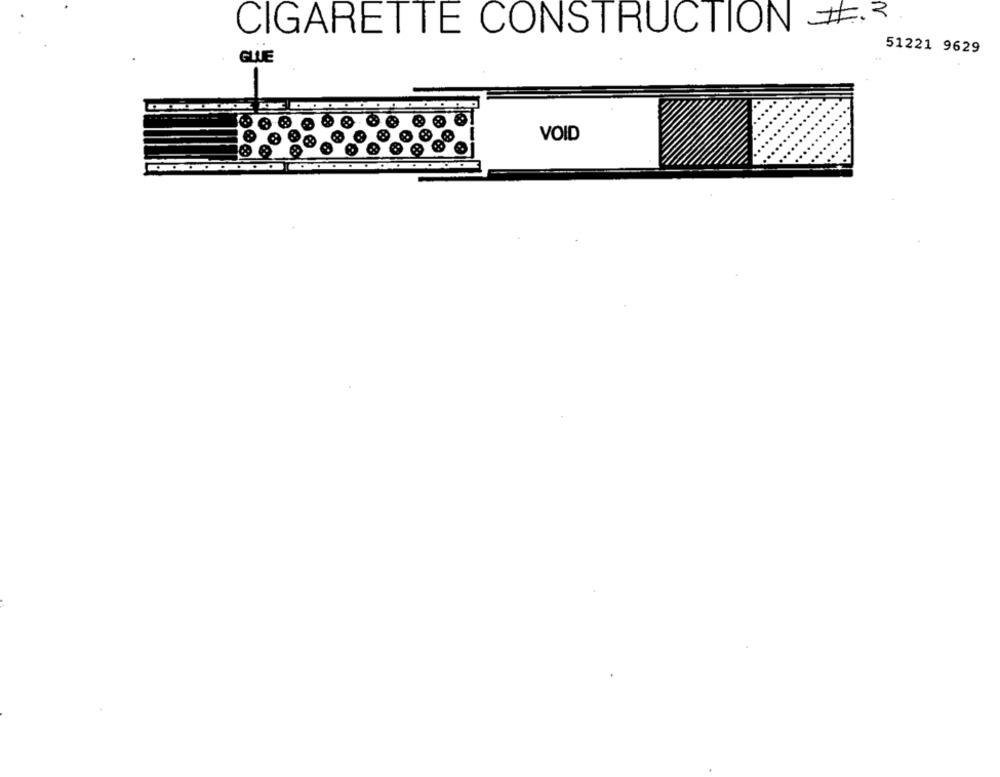
CIGARETTE CONSTRUCTION #.2
51221 9629
GLUE
VOID